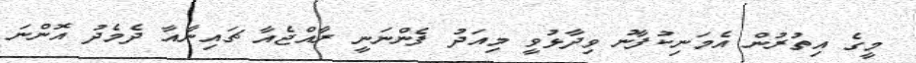
މީގެ އިތުރުން އެމަނިކުފާނު ވިދާޅުވީ މިއަދު ފެންނަނީ ރާއްޖެއާ ޗައިނާއާ ދެމެދު އޮންނަ